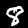
Digit: 8